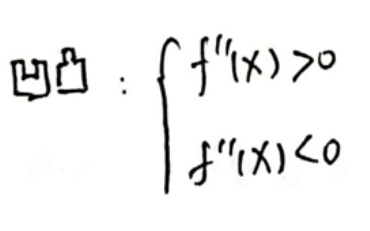
凹凸: $\begin{cases}
f''(x)>0 \\
f''(x)<0
\end{cases}$